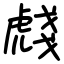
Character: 虥